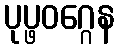
ပုပ္ဖဝဂ္ဂေန